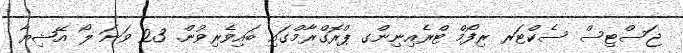
ޖަސްޓިސް ސެކްޓަރ ރިފޯމް ޓްރެއިނިންގ ޕްރޮގްރާމްގައި ބައިވެރިވުން. 23 ވަނަ ލޯ އޭޝިޔާ